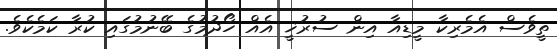
ތީވެސް އެމެރިކާ މީޑިއާ އިން ސުރުޚީ އެއް ހޯދުމުގެ ބޭނުމުގައި ކުރާ ކަމެކެވެ.